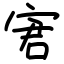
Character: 宭